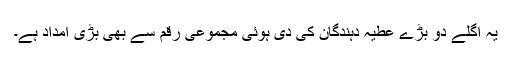
یہ اگلے دو بڑے عطیہ دہندگان کی دی ہوئی مجموعی رقم سے بھی بڑی امداد ہے۔